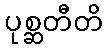
ပုစ္ဆတီတိ